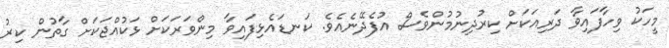
މީހަކު ވިހާފައިވާ ދަރިއަކަށް ކިރުދިނުމުންވެސް އުފެދޭނެއެވެ. ކަނޑައެޅިފައިވާ މިންވަރަކަށް ޅަކުއްޖަކަށް ގާތުން ކިރު